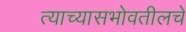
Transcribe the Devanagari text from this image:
त्याच्यासभोवतीलचे